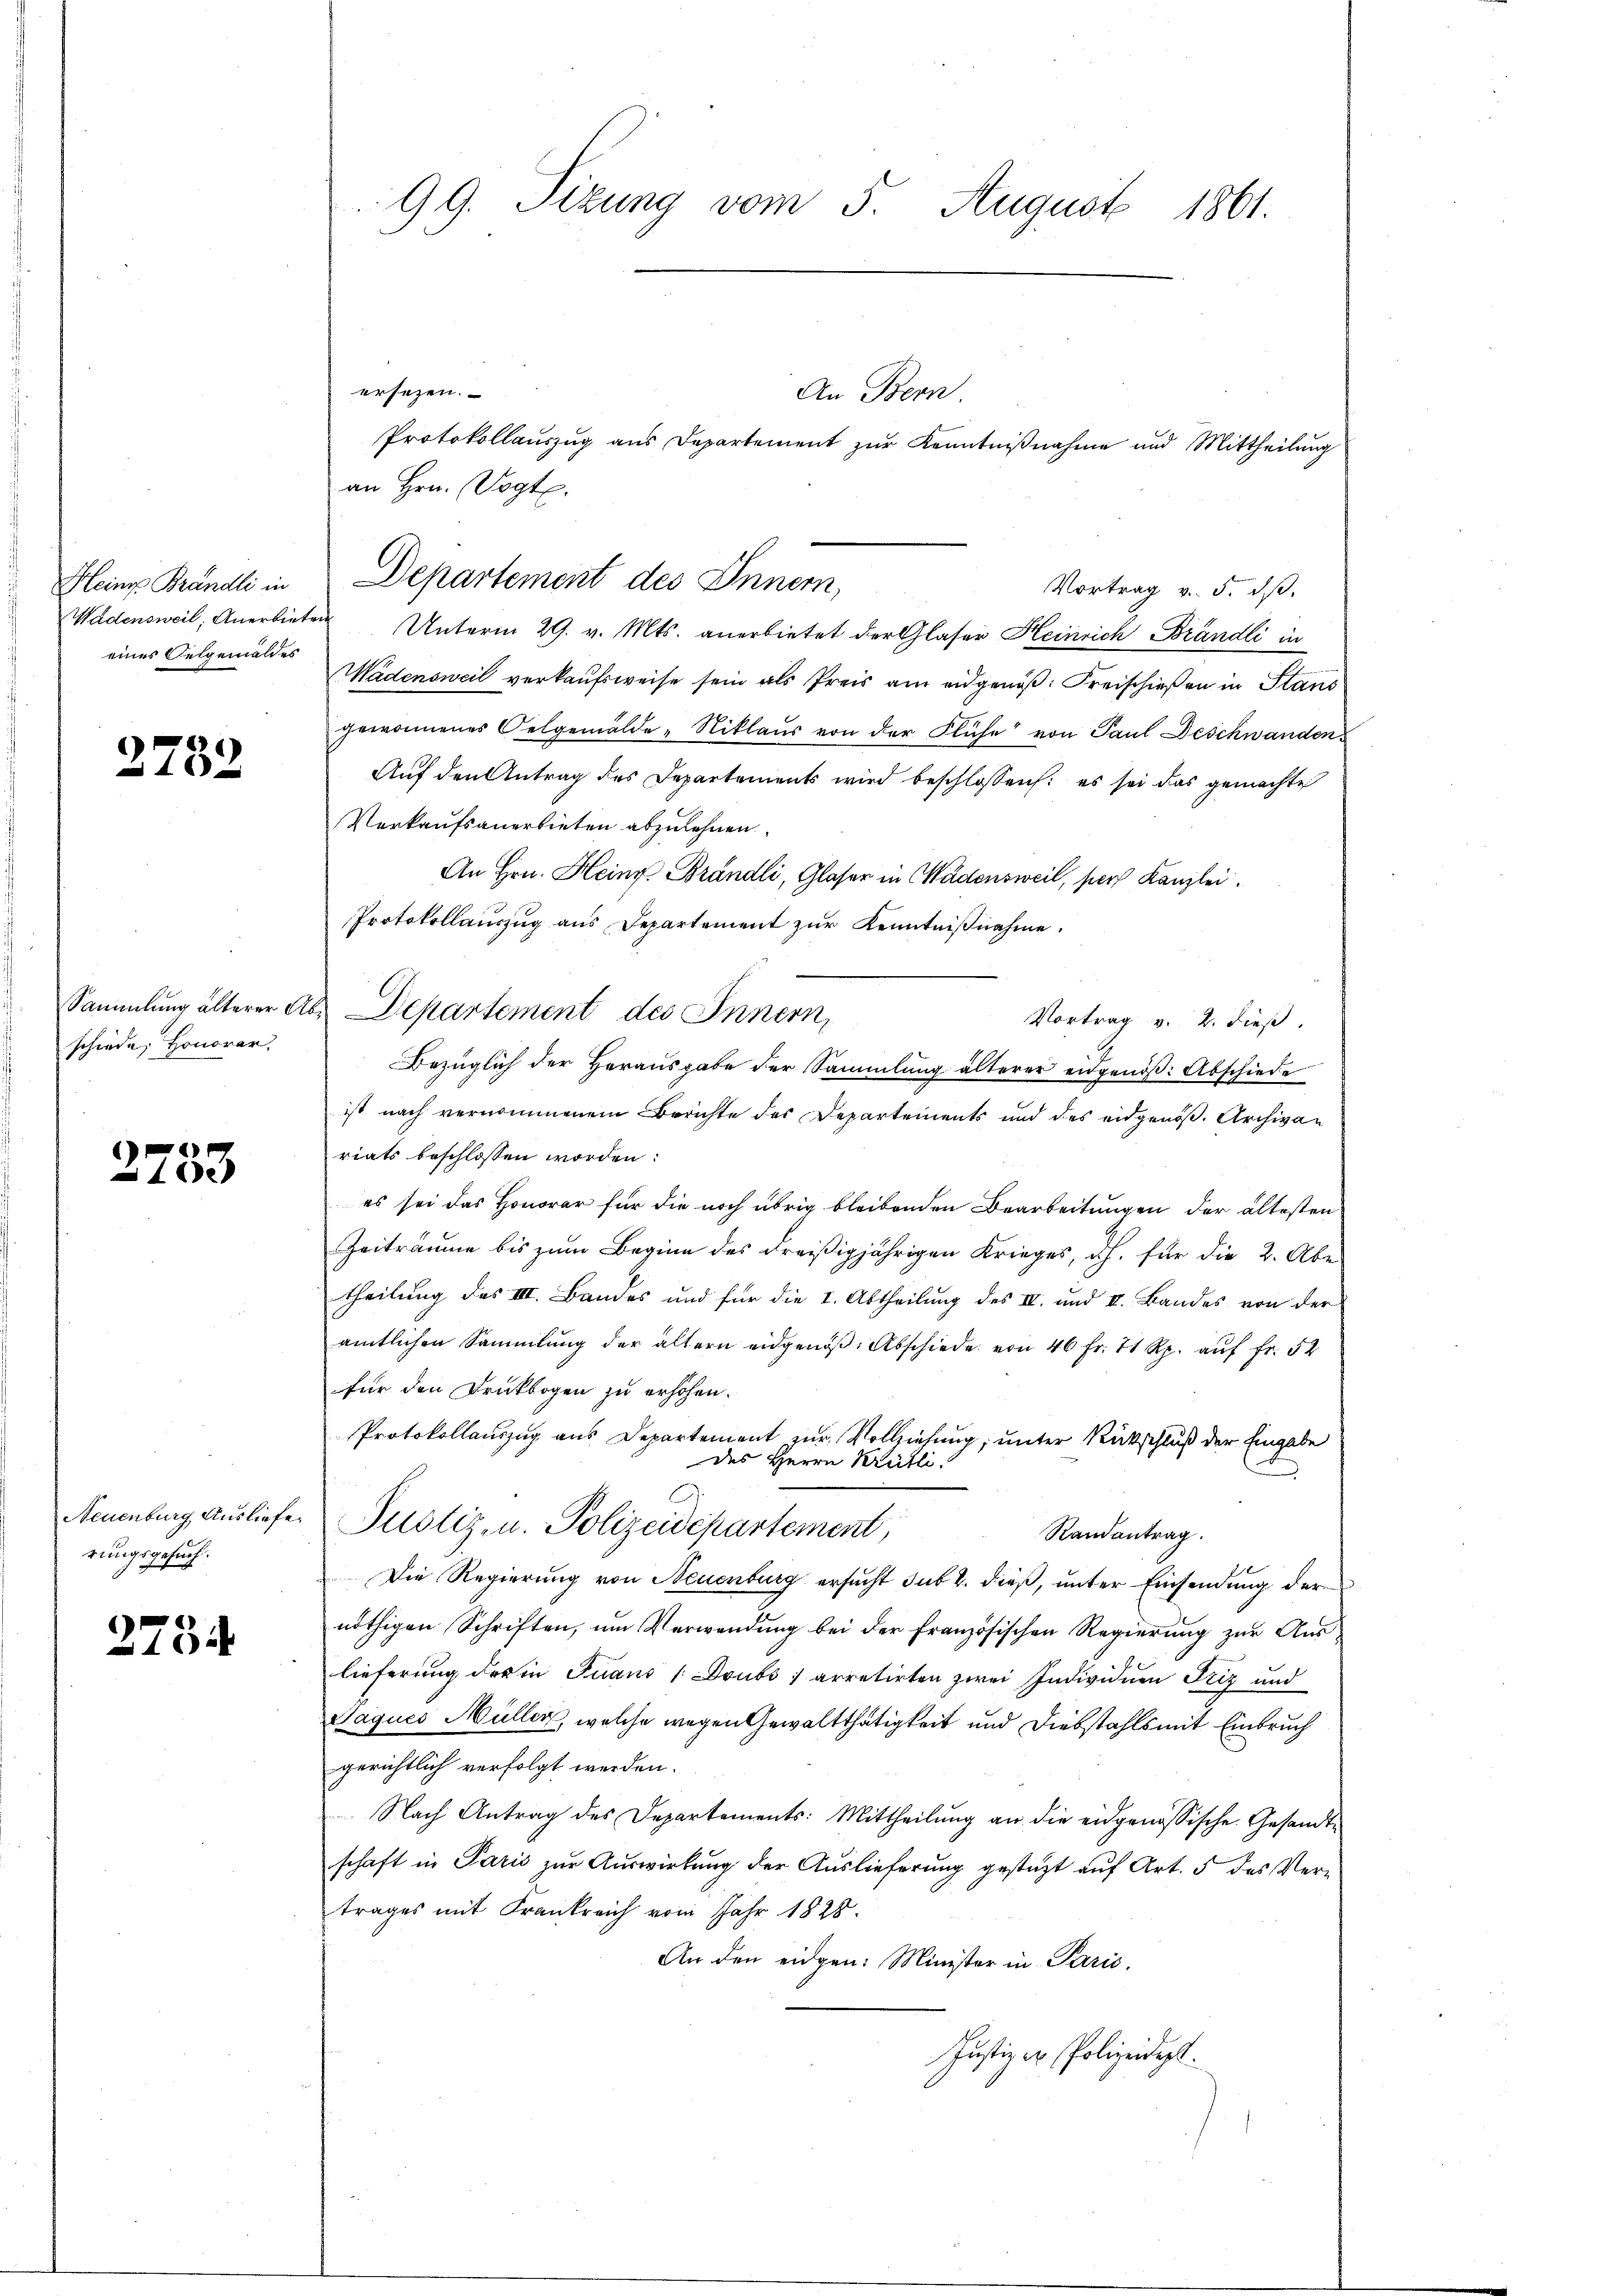
Heins Brändli in
eines Oelgemäldes

2732

schiede, Honorar,

n
10

Neuenburg Ausliefe.
rungsgesuch.

)
15

99. Sizung vom 5. August 1861.

ersezen.
An Bern.
Protokollauszug aus Departement zŭr Kenntniβnahme und Mittheilung
an Hrn. Vogte.
Vortrag v. 5. dβ.
Wadensweil, Anerbieten Unterm 29. v. Mts. anerbietet der Glaser Heinrich Brändli in
Wädensweil verkaufsweise sein als Preis am eidgenöß: Kreischießen in Stand
gewonnenes Oelgemälde „Niklaus von der Flüche von Paul Deschwanden
Auf den Antrag des Departements wird beschlossen: es sei das gemachte
Verkaufsanerbieten abzulehnen.
An Hrn. Heinr Brändli, Glaser in Wädensweil, pers Kanzlei.
Protokollauszug aus Departement zŭr Kenntniβnahme.
Sammlung älterer Aber Departement des Innern,
Vortrag v. 2. dieß.
Bezüglich der Herausgabe der Sammlung älterer eidgenöβ: Abschiede
ist nach vernommenem Berichte des Departements und des eidgenöß. Archivariats beschlossen worden:
es sei das Honorar für die noch übrig bleibenden Bearbeitungen der ältesten
Zeiträume bis zum Beginn des dreißigjährigen Krieges, d.h. für die 2. Aber
theilung des III. Bandes und für die I. Abtheilung des IV. und II. Bandes von der
amtlichen Sammlung der ältern eidgenöß. Abschiede von 46 fr. 71 Rp. auf Fr. 52
für den Druckbogen zu erhöhen.
Protokollauszug aus Departement zur Vollziehung; unter Rückschluß der Eingabe
des Herrn Kreitli
Justiz- u. Polizeidepartement,
Randantrag.
Die Regierung von Neuenburg ersucht sub 2. dieß, unter Einsendung der
nöthigen Schriften, um Verwendung bei der französischen Regierung zur Auslieferung der in Juans / Doubs ) arretirten zwei Individuen Friz und
Jaques Müller, welche wegen Gewaltthätigkeit und Diebstahls mit Einbruch
gerichtlich verfolgt werden.
Nach Antrag des Departements: Mittheilŭng an die eidgenössische Gesandtschaft in Paris zur Auswirkung der Auslieferung gestützt auf Art. 5 des Vertrages mit Krankreich vom Jahr 1828.
An den eidgen: Minister in Paris.
Justiz - Polizeidigt.

Departement des Innern,